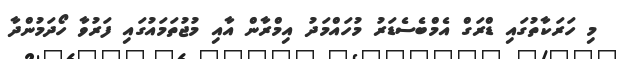
މި ހަރަކާތުގައި ޑްރަގް އެމްބެސެޑަރު މުހައްމަދު އިމްރާން އާއި މުޖުތަމައުގައި ފަރުވާ ހޯދަމުންދާ